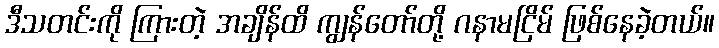
ဒီသတင်းကို ကြားတဲ့ အချိန်ထိ ကျွန်တော်တို့ ဂနာမငြိမ် ဖြစ်နေခဲ့တယ်။